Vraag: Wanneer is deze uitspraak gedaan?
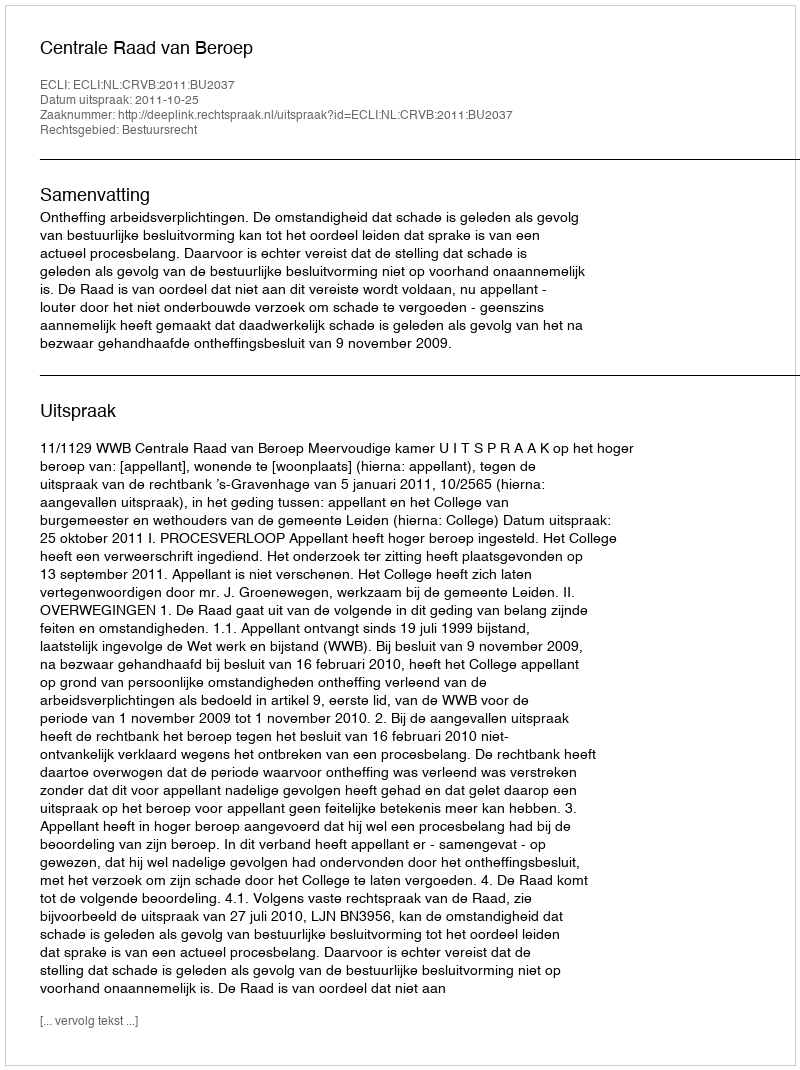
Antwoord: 2011-10-25